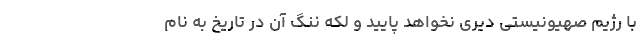
با رژیم صهیونیستی دیری نخواهد پایید و لکهِ ننگ آن در تاریخ به نام